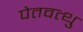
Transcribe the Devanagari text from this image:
पेतवत्थु